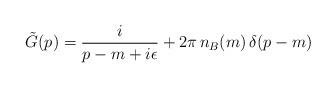
LaTeX: \begin{align*}\tilde G(p)=\frac{i}{p-m+i\epsilon}+2\pi\,n_B(m)\,\delta(p-m)\end{align*}